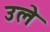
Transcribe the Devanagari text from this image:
उले